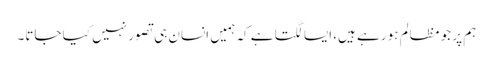
ہم پر جو مظالم ہو رہے ہیں، ایسا لگتا ہے کہ ہمیں انسان ہی تصور نہیں کیا جاتا۔